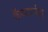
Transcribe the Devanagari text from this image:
कॅव्प्टार्नश्